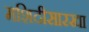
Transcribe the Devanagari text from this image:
मशिदीसारखा